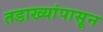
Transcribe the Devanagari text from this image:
तडाख्यांपासून